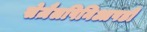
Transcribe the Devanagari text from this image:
सेज़ैलपिनिआपडी